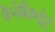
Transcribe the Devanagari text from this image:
कैनेबैंकपोर्ट